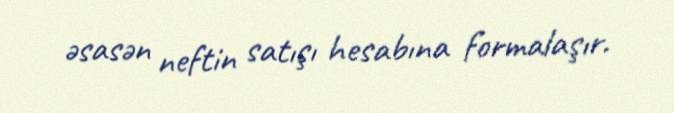
əsasən neftin satışı hesabına formalaşır.